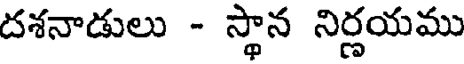
దశనాడులు - స్థాన నిర్ణయము